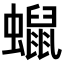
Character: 𧒑